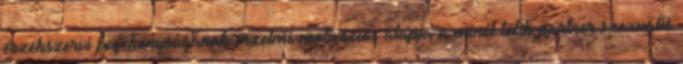
érzékszervi fogékonyságának érzelmi-motivációs alapja a minél több partner szexuális